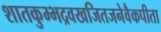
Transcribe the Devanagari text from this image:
शातकुम्भद्रवखजितजनेवैकपीता